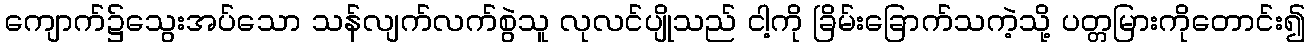
ကျောက်၌သွေးအပ်သော သန်လျက်လက်စွဲသူ လုလင်ပျိုသည် ငါ့ကို ခြိမ်းခြောက်သကဲ့သို့ ပတ္တမြားကိုတောင်း၍